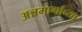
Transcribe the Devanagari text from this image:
अन्नमार्गाच्या